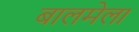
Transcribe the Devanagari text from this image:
बालमेला